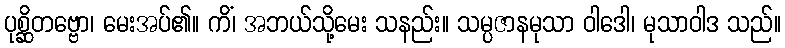
ပုစ္ဆိတဗ္ဗော၊ မေးအပ်၏။ ကိံ၊ အဘယ်သို့မေး သနည်း။ သမ္ပဇာနမုသာ ဝါဒေါ၊ မုသာဝါဒ သည်။